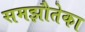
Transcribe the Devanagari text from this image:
समझौतेका